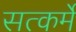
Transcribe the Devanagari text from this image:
सत्कर्मे